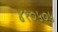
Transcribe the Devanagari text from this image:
४१०५०५